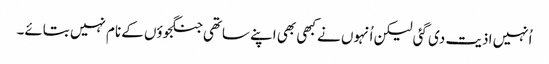
اُنہیں اذیت دی گئی لیکن اُنہوں نے کبھی بھی اپنے ساتھی جنگجوؤں کے نام نہیں بتائے۔